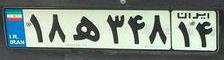
۱۸ه۳۴۸۱۴